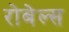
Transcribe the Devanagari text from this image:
रोबेल्‍स